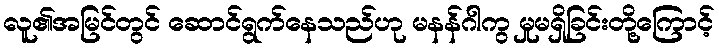
လူ၏အမြင်တွင် ဆောင်ရွက်နေသည်ဟု မနန်ဂါကွ မှုမရှိခြင်းတို့ကြောင့်